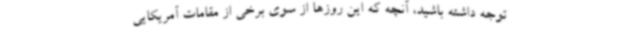
توجه داشته باشید، آنچه که این روزها از سوی برخی از مقامات آمریکایی